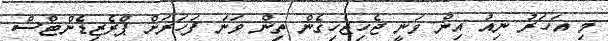
މި އަހަރު ނިއު އިން ވަނީ ޖެހިޖެހިގެން ތިން ވަނަ ފަހަރަށް ޕްރެޒިޑެންޓްސް